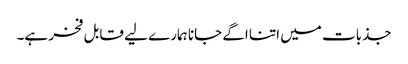
جذبات میں اتنا اگے جانا ہمارے لیے قابل فخر ہے۔